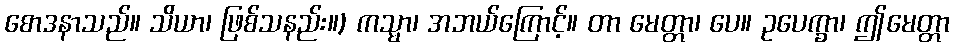
စောဒနာသည်။ သိယာ၊ ဖြစ်သနည်း။) ကသ္မာ၊ အဘယ်ကြောင့်။ တာ မေတ္တာ၊ ပေ။ ဥပေက္ခာ၊ ဤမေတ္တာ